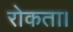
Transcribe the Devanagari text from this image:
रोकता।